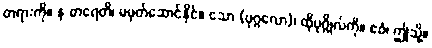
တရားကို။ န ဓာရေတိ၊ မမှတ်ဆောင်နိုင်။ သော (ပုဂ္ဂလော)၊ ထိုပုဂ္ဂိုလ်ကို။ ဧဝံ၊ ဤသို့။